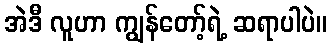
အဲဒီ လူဟာ ကျွန်တော့်ရဲ့ ဆရာပါပဲ။